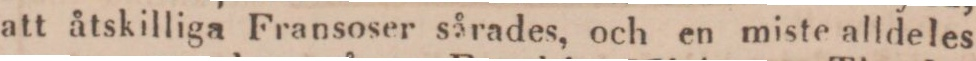
att åtskilliga Fransoser sårades, och en miste alldeles